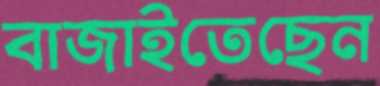
বাজাইতেছেন